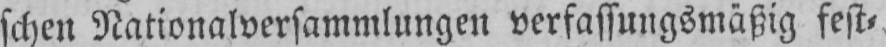
schen Nationalversammlungen verfassungsmäßig fest⸗